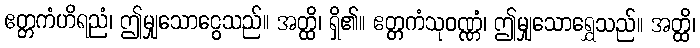
ဧတ္တကံဟိရညံ၊ ဤမျှသောငွေသည်။ အတ္ထိ၊ ရှိ၏။ ဧတ္တကံသုဝဏ္ဏံ၊ ဤမျှသောရွှေသည်။ အတ္ထိ၊